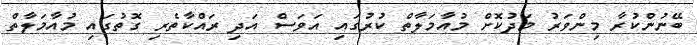
ބޭނުންކުރާ މިންވަރު މަދުކޮށް މުއާމަލާތް ކުރުގައި އަވަސް އަދި ރައްކާތެރި ގޮތުގައި މުއާމަލާތް